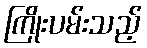
ကြိုးပမ်းသည့်